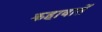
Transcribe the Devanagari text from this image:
कहावातें